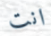
انت